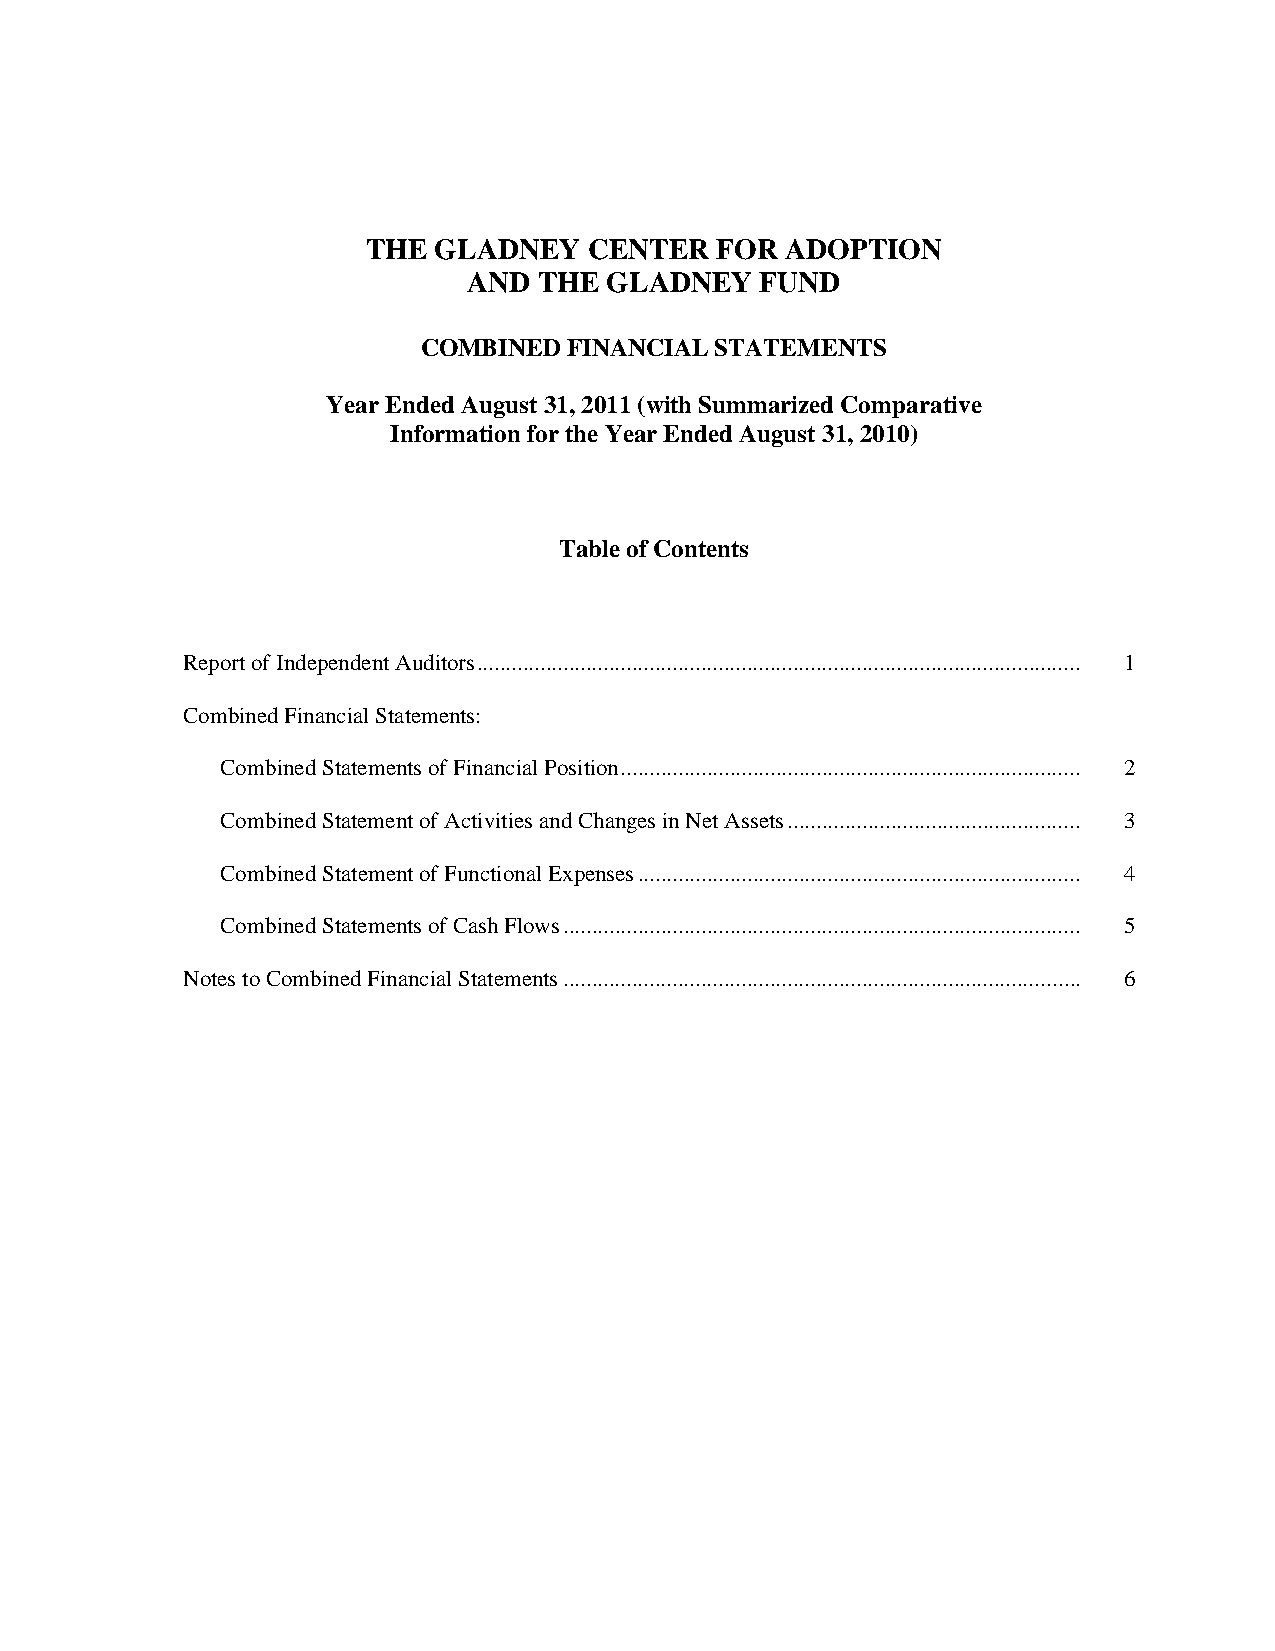
THE  GLADNEY   CENTER  FOR  ADOPTION
 AND  THE GLADNEY   FUND
 COMBINED  FINANCIAL STATEMENTS
 Year Ended August 31, 2011 (with Summarized Comparative
 Information for the Year Ended August 31, 2010)
 Table of Contents
 Report of Independent Auditors ......................................................................................................... 1
 Combined Financial Statements:
 Combined Statements of Financial Position ................................................................................ 2
 Combined Statement of Activities and Changes in Net Assets ................................................... 3
 Combined Statement of Functional Expenses ............................................................................. 4
 Combined Statements of Cash Flows .......................................................................................... 5
 Notes to Combined Financial Statements .......................................................................................... 6